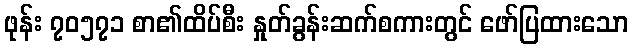
ဖုန်း ၇၀၅၇၁ စာ၏ထိပ်စီး နှုတ်ခွန်းဆက်စကားတွင် ဖော်ပြထားသော